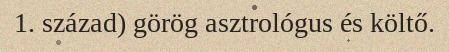
1. század) görög asztrológus és költő.